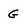
Character: G